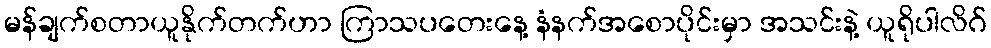
မန်ချက်စတာယူနိုက်တက်ဟာ ကြာသပတေးနေ့ နံနက်အစောပိုင်းမှာ အသင်းနဲ့ ယူရိုပါလိဂ်